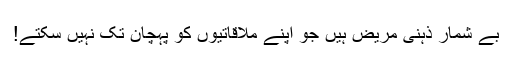
بے شمار ذہنی مریض ہیں جو اپنے ملاقاتیوں کو پہچان تک نہیں سکتے!